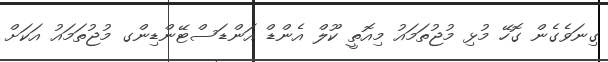
ގިނަވެގެން ގޮހޭ މުޅި މުޖުތަމައު މިއޮތީ ކޫލް އެންޑް އަންޑަސްޓޭންޑިންގ މުޖުތަމައު އަކަށް